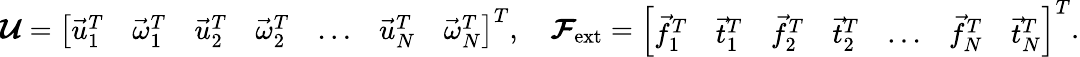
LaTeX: \boldsymbol{\mathcal U}=\left[\begin{array}{lllllll}{\vec{u}_{1}^{T}}&{\vec{\omega}_{1}^{T}}&{\vec{u}_{2}^{T}}&{\vec{\omega}_{2}^{T}}&{\dots}&{\vec{u}_{N}^{T}}&{\vec{\omega}_{N}^{T}}\end{array}\right]^{T},\quad\boldsymbol{\mathcal F}_{\mathrm{ext}}=\left[\begin{array}{lllllll}{\vec{f}_{1}^{T}}&{\vec{t}_{1}^{T}}&{\vec{f}_{2}^{T}}&{\vec{t}_{2}^{T}}&{\dots}&{\vec{f}_{N}^{T}}&{\vec{t}_{N}^{T}}\end{array}\right]^{T}.